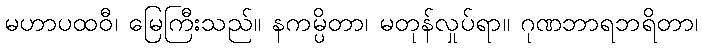
မဟာပထဝီ၊ မြေကြီးသည်။ နကမ္ပိတာ၊ မတုန်လှုပ်ရာ။ ဂုဏဘာရဘရိတာ၊